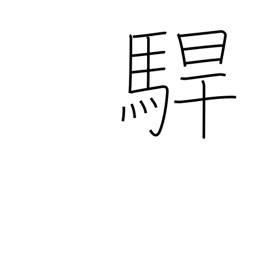
Meaning: rage